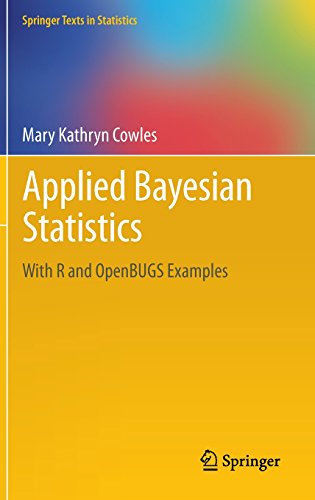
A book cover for Applied Bayesian Statistics: With R and OpenBUGS Examples (Springer Texts in Statistics); Mary Kathryn Cowles; Science & Math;